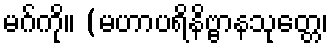
မဂ်ကို။ (မဟာပရိနိဗ္ဗာနသုတ္တေ၊